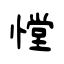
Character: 憆